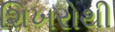
શિખરોથી